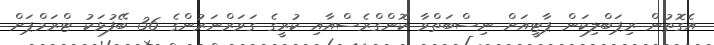
އެގޮތުން ރިޕަބްލިކަން ޕާޓީއަށް ނިސްބަތްވާ ކޮންގްރެސްއާއި ކުރީގެ ގަވަރްނަރުންގެ 36 ބޭފުޅަކު ޓްރަމްޕަށް